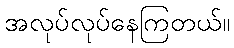
အလုပ်လုပ်နေကြတယ်။